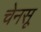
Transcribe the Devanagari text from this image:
चेनसू